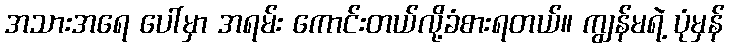
အသားအရေ ပေါ်မှာ အရမ်း ကောင်းတယ်လို့ခံစားရတယ်။ ကျွန်မရဲ့ ပုံမှန်